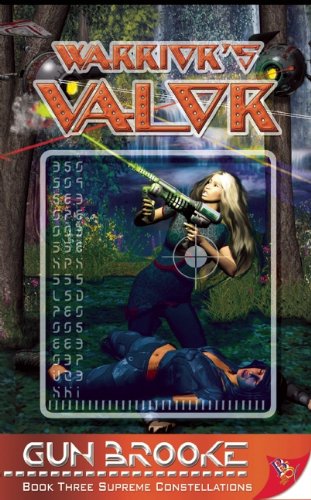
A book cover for Warrior's Valor (Supreme Constellations); Gun Brooke; Romance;